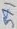
Text: S71